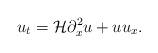
LaTeX: \begin{align*}u_t=\mathcal{H}\partial_x^2u+uu_x.\end{align*}